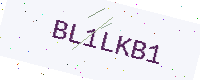
Text: BL1LKB1